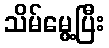
သိမ်မွေ့ပြီး